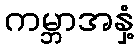
ကမ္ဘာအနှံ့